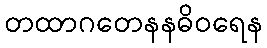
တထာဂတေနနဓိဝရေန